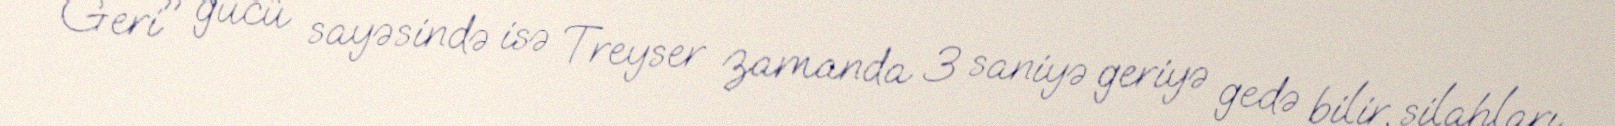
Geri" gücü sayəsində isə Treyser zamanda 3 saniyə geriyə gedə bilir, silahları